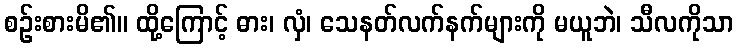
စဉ်းစားမိ၏။ ထို့ကြောင့် ဓား၊ လှံ၊ သေနတ်လက်နက်များကို မယူဘဲ၊ သီလကိုသာ